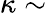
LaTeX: \kappa\sim